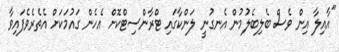
"އާއިލާ އިން ވެސް ބެލިބެލުމުން އެނގުނީ ލަންކާގައި ޓްރާންސިޓްކޮށް އެހެން ގައުމަކަށް އެތެރެވެފައިވާ